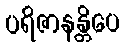
ပရိဇာနန္တိပေ